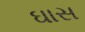
ઘાસ